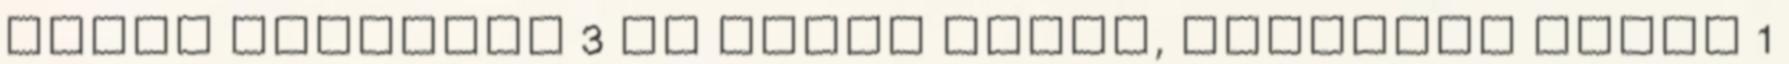
tojás felverve 3 db egész tojás, keményre főzve 1